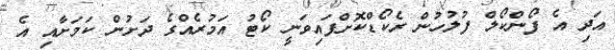
އަދި އެ ފޯންކޯލް ފުލުހުން ރެކޯޑްކޮށްފައިވަނީ ކޯޓު އަމުރެއްގެ ދަށުން ކަމަށާއި އެ